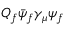
Q _ { f } \bar { \psi } _ { f } \gamma _ { \mu } \psi _ { f }